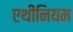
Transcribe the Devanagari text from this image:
एथीनियम